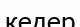
кедер